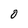
Character: 0